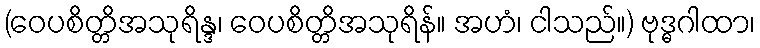
(ဝေပစိတ္တိအသုရိန္ဒ၊ ဝေပစိတ္တိအသုရိန်။ အဟံ၊ ငါသည်။) ဗုဒ္ဓဂါထာ၊